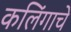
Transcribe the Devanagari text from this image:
कलिंगाचे